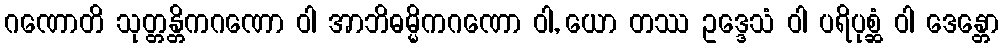
ဂဏောတိ သုတ္တန္တိကဂဏော ဝါ အာဘိဓမ္မိကဂဏော ဝါ, ယော တဿ ဥဒ္ဒေသံ ဝါ ပရိပုစ္ဆံ ဝါ ဒေန္တော